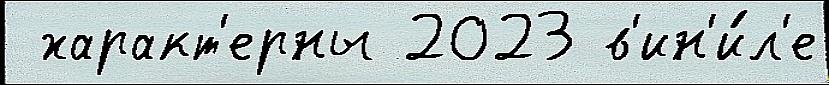
 характ'ерны 2023 в'ин'и́л'е